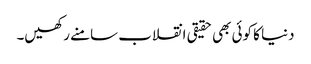
دنیا کا کوئی بھی حقیقی انقلاب سامنے رکھیں۔